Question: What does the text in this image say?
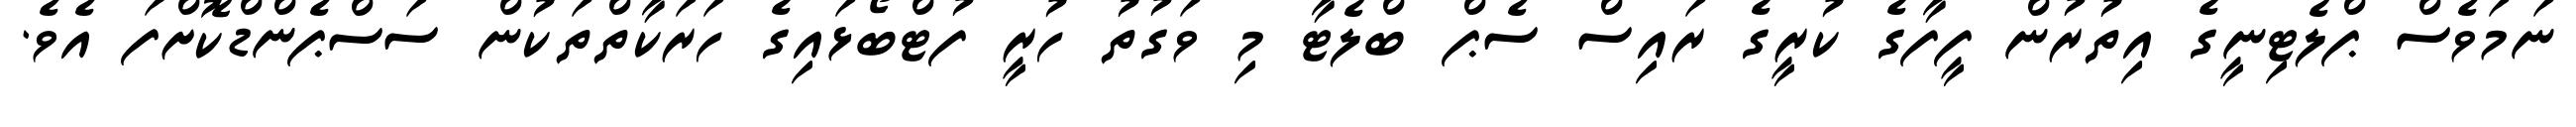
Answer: ނަމަވެސް ޕްލެޓިނީގެ އިތުރުން ފީފާގެ ކުރީގެ ރައިސް ސެޕް ބްލެޓާ މި ވަގުތު ހުރީ ފުޓްބޯޅައިގެ ހަރަކާތްތަކުން ސަސްޕެންޑްކޮށްފަ އެވެ.